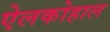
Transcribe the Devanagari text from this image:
ऐलकोहाल